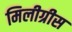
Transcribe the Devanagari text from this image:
मिलीग्रीस